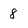
Character: 8